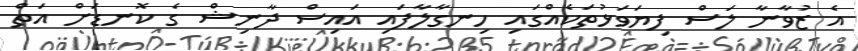
އެ ޒުވާނާ ލަސް ފިޔަވަޅުތަކެއްގައި ހިނގާލާފައި އައިސް ދާނިޝް ގެ ކޮނޑަށް އަތް